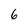
Character: 6